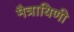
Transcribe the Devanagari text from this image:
मैत्रायिणी